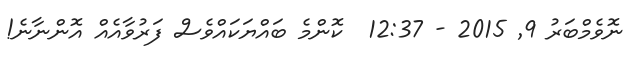
ނޮވެމްބަރު 9